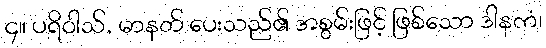
၄။ ပရိဝါသ်, မာနတ် ပေးသည်၏ အစွမ်းဖြင့် ဖြစ်သော ဒါနကံ၊